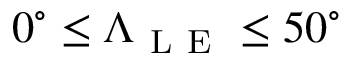
0 ^ { \circ } \le \Lambda _ { \mathrm { ~ L ~ E ~ } } \le 5 0 ^ { \circ }